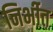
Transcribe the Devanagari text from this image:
निर्भीत